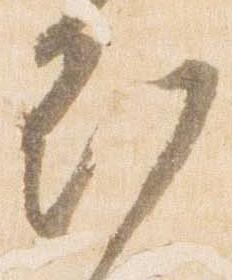
刻